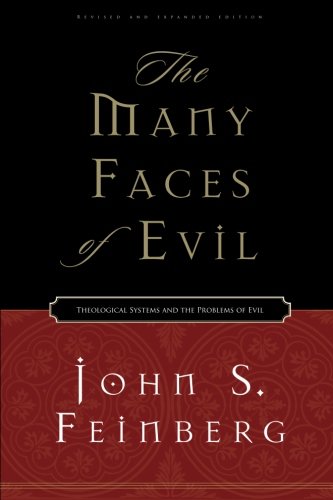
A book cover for The Many Faces of Evil (Revised and Expanded Edition): Theological Systems and the Problems of Evil; John S. Feinberg; Politics & Social Sciences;